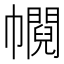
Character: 𢅰